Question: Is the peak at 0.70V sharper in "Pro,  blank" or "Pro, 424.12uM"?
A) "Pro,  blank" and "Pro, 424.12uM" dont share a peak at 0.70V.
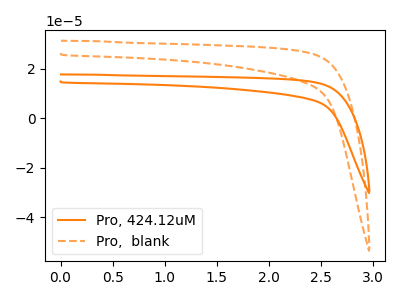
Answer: <think>The orange curve "Pro, 424.12uM" has no peaks. The orange dashed curve "Pro,  blank" has no peaks.</think>
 <answer>A) "Pro,  blank" and "Pro, 424.12uM" dont share a peak at 0.70V.</answer>
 <eval>A</eval>